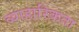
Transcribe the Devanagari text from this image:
व्याहारिकता